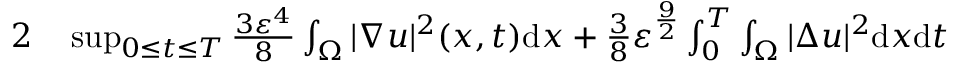
\begin{array} { r l } { { 2 } } & { { } \operatorname* { s u p } _ { 0 \leq t \leq T } \frac { 3 \varepsilon ^ { 4 } } { 8 } \int _ { \Omega } | \nabla u | ^ { 2 } ( x , t ) \mathrm { d } x + \frac { 3 } { 8 } \varepsilon ^ { \frac { 9 } { 2 } } \int _ { 0 } ^ { T } \int _ { \Omega } | \Delta u | ^ { 2 } \mathrm { d } x \mathrm { d } t } \end{array}